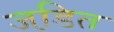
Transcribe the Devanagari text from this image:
जडि़त